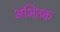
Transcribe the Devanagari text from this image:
अभितक